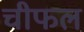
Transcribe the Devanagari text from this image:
चीफल